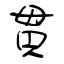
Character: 貫